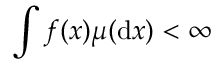
\int f ( x ) \mu ( \mathrm { d } x ) < \infty